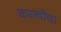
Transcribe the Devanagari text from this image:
कराचीचा